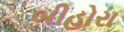
બીહોરા